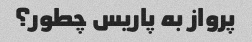
پرواز به پاریس چطور؟